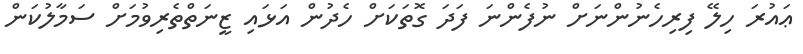
ޢައުރަ ހިލޭ ފިރިހެނުންނަށް ނުފެންނަ ފަދަ ގޮތަކަށް ހެދުން އަޅައި ޒީނަތްތެރިވުމަށް ސަމާލުކަން